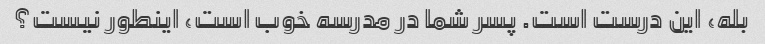
بله، این درست است. پسر شما در مدرسه خوب است، اینطور نیست؟